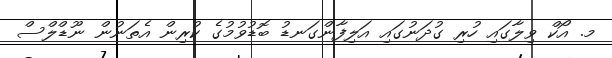
މ. އޯކް ވިލާގައި ހުރި ގުދަނުގައި އަލިފާންގަނޑު ބޮޑުވުމުގެ ކުރިން އެތަނުން ނޫޑްލްސް